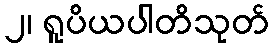
၂၊ ရူပိယပါတိသုတ်